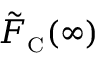
\tilde { F } _ { \scriptscriptstyle \mathrm { C } } ( \infty )